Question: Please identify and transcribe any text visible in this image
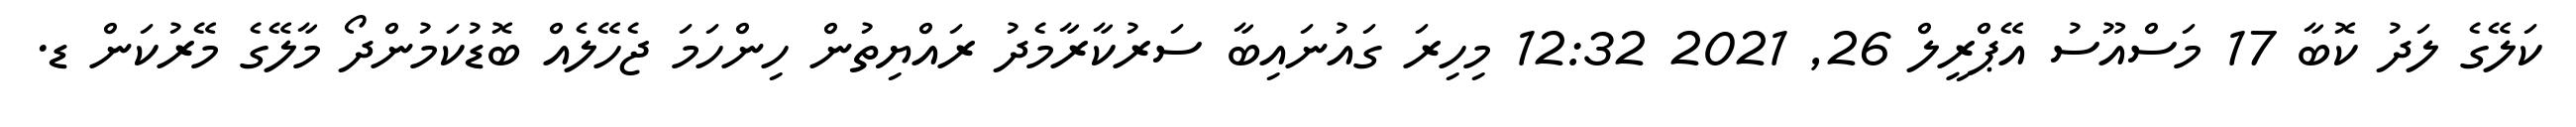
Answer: ކަލޭގެ ލަދު ކޮބާ 17 މަސްއޫސު އޭޕްރީލް 26, 2021 12:32 މިހިރަ ގައުނައިބާ ސަރުކާރާމެދު ރައްޔިތުން ހިންހަމަ ޖެހޭލެއް ބޮޑުކަމުންދޯ މާލޭގެ މޭރުކަން ޑ.